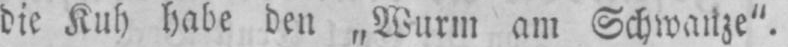
die Kuh habe den„Wurm am Schwanze“.